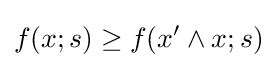
f(x;s)\geq f(x'\wedge x;s)